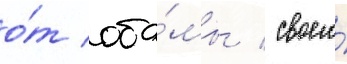
о́т оба́мы / своего́